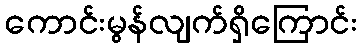
ကောင်းမွန်လျက်ရှိကြောင်း